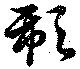
歃